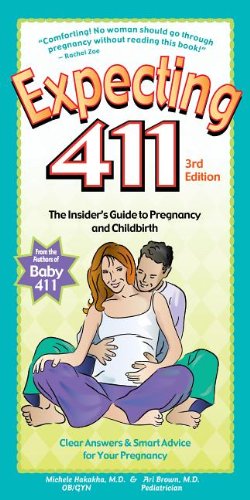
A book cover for Expecting 411: The Insider's Guide to Pregnancy and Childbirth; Michele Hakakha; Parenting & Relationships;